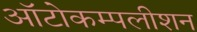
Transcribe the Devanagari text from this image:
ऑटोकम्पलीशन